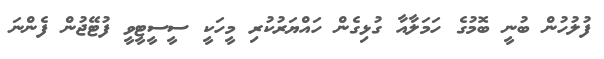
ފުލުހުން ބުނީ ބޮމުގެ ހަމަލާއާ ގުޅިގެން ހައްޔަރުކުރި މީހަކީ ސީސީޓީވީ ފުޓޭޖުން ފެންނަ